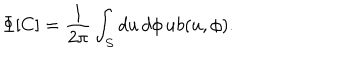
\Phi [ C ] = \frac { 1 } { 2 \pi } \int _ { S } d u \, d \phi \, u b ( u , \phi ) .